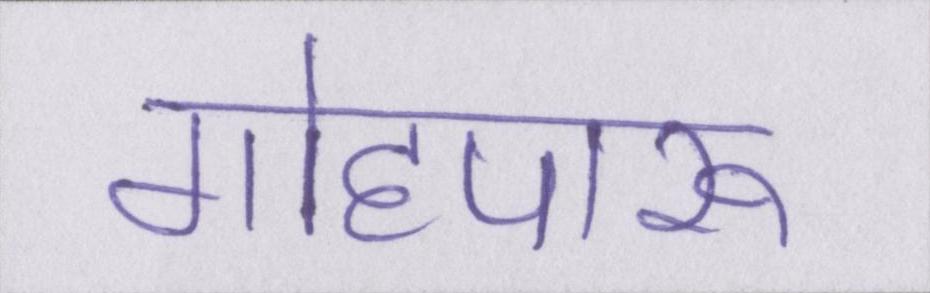
गोहपारू